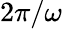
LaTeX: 2\pi/\omega